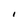
Character: I